Civil Veterinary Department. United Provinces 1923-31 - 1923-1931
Year: 1923
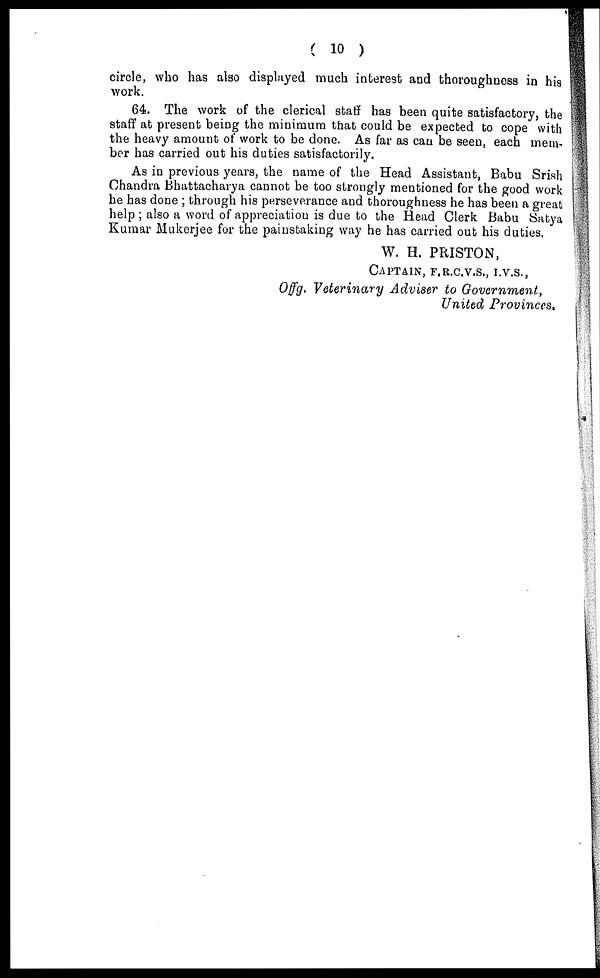
( 10 )
circle, who has also displayed much interest and thoroughness in his
work.
64. The work of the clerical staff has been quite satisfactory, the
staff at present being the minimum that could be expected to cope with
the heavy amount of work to be done. As far as can be seen, each mem-
ber has carried out his duties satisfactorily.
As in previous years, the name of the Head Assistant, Babu Srish
Chandra Bhattacharya cannot be too strongly mentioned for the good work
he has done ; through his perseverance and thoroughness he has been a great
help ; also a word of appreciation is due to the Head Clerk Babu Satya
Kumar Mukerjee for the painstaking way he has carried out his duties.
W. H. PRISTON,
CAPTAIN , F.R.C.V.S., I.V.S.,
Offg. Veterinary Adviser to Government,
United Provinces.